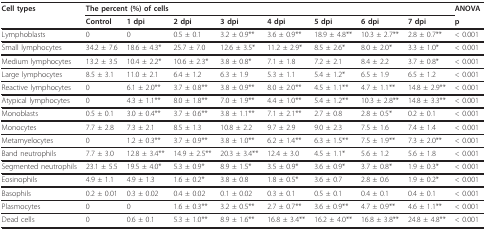
<table><thead><tr><td><b>Cell types</b></td><td colspan="8"><b>The percent (%) of cells</b></td><td><b>ANOVA</b></td></tr><tr><td></td><td><b>Control</b></td><td><b>1 dpi</b></td><td><b>2 dpi</b></td><td><b>3 dpi</b></td><td><b>4 dpi</b></td><td><b>5 dpi</b></td><td><b>6 dpi</b></td><td><b>7 dpi</b></td><td><b>p</b></td></tr></thead><tbody><tr><td>Lymphoblasts</td><td>0</td><td>0</td><td>0.5 ± 0.1</td><td>3.2 ± 0.9**</td><td>3.6 ± 0.9**</td><td>18.9 ± 4.8**</td><td>10.3 ± 2.7**</td><td>2.8 ± 0.7**</td><td>&lt; 0.001</td></tr><tr><td>Small lymphocytes</td><td>34.2 ± 7.6</td><td>18.6 ± 4.3*</td><td>25.7 ± 7.0</td><td>12.6 ± 3.5*</td><td>11.2 ± 2.9*</td><td>8.5 ± 2.6*</td><td>8.0 ± 2.0*</td><td>3.3 ± 1.0*</td><td>&lt; 0.001</td></tr><tr><td>Medium lymphocytes</td><td>13.2 ± 3.5</td><td>10.4 ± 2.2*</td><td>10.6 ± 2.3*</td><td>3.8 ± 0.8*</td><td>7.1 ± 1.8</td><td>7.2 ± 2.1</td><td>8.4 ± 2.2</td><td>3.7 ± 0.8*</td><td>&lt; 0.001</td></tr><tr><td>Large lymphocytes</td><td>8.5 ± 3.1</td><td>11.0 ± 2.1</td><td>6.4 ± 1.2</td><td>6.3 ± 1.9</td><td>5.3 ± 1.1</td><td>5.4 ± 1.2*</td><td>6.5 ± 1.9</td><td>6.5 ± 1.2</td><td>&lt; 0.001</td></tr><tr><td>Reactive lymphocytes</td><td>0</td><td>6.1 ± 2.0**</td><td>3.7 ± 0.8**</td><td>3.8 ± 0.9**</td><td>8.0 ± 2.0**</td><td>4.5 ± 1.1**</td><td>4.7 ± 1.1**</td><td>14.8 ± 2.9**</td><td>&lt; 0.001</td></tr><tr><td>Atypical lymphocytes</td><td>0</td><td>4.3 ± 1.1**</td><td>8.0 ± 1.8**</td><td>7.0 ± 1.9**</td><td>4.4 ± 1.0**</td><td>5.4 ± 1.2**</td><td>10.3 ± 2.8**</td><td>14.8 ± 3.3**</td><td>&lt; 0.001</td></tr><tr><td>Monoblasts</td><td>0.5 ± 0.1</td><td>3.0 ± 0.4**</td><td>3.7 ± 0.6**</td><td>3.8 ± 1.1**</td><td>7.1 ± 2.1**</td><td>2.7 ± 0.8</td><td>2.8 ± 0.5*</td><td>0.2 ± 0.1</td><td>&lt; 0.001</td></tr><tr><td>Monocytes</td><td>7.7 ± 2.8</td><td>7.3 ± 2.1</td><td>8.5 ± 1.3</td><td>10.8 ± 2.2</td><td>9.7 ± 2.9</td><td>9.0 ± 2.3</td><td>7.5 ± 1.6</td><td>7.4 ± 1.4</td><td>&lt; 0.001</td></tr><tr><td>Metamyelocytes</td><td>0</td><td>1.2 ± 0.3**</td><td>3.7 ± 0.9**</td><td>3.8 ± 1.0**</td><td>6.2 ± 1.4**</td><td>6.3 ± 1.5**</td><td>7.5 ± 1.9**</td><td>7.3 ± 2.0**</td><td>&lt; 0.001</td></tr><tr><td>Band neutrophils</td><td>7.7 ± 3.0</td><td>12.8 ± 3.4**</td><td>14.9 ± 2.5**</td><td>20.3 ± 3.4**</td><td>12.4 ± 3.0</td><td>4.5 ± 1.1*</td><td>5.6 ± 1.2</td><td>5.6 ± 1.8</td><td>&lt; 0.001</td></tr><tr><td>Segmented neutrophils</td><td>23.1 ± 5.5</td><td>19.5 ± 4.0*</td><td>5.3 ± 0.9*</td><td>8.9 ± 1.5*</td><td>3.5 ± 0.9*</td><td>3.6 ± 0.9*</td><td>3.7 ± 0.8*</td><td>1.9 ± 0.3*</td><td>&lt; 0.001</td></tr><tr><td>Eosinophils</td><td>4.9 ± 1.1</td><td>4.9 ± 1.3</td><td>1.6 ± 0.2*</td><td>3.8 ± 0.8</td><td>1.8 ± 0.5*</td><td>3.6 ± 0.7</td><td>2.8 ± 0.6</td><td>1.9 ± 0.2*</td><td>&lt; 0.001</td></tr><tr><td>Basophils</td><td>0.2 ± 0.01</td><td>0.3 ± 0.02</td><td>0.4 ± 0.02</td><td>0.1 ± 0.02</td><td>0.3 ± 0.1</td><td>0.5 ± 0.1</td><td>0.4 ± 0.1</td><td>0.4 ± 0.1</td><td>&lt; 0.001</td></tr><tr><td>Plasmocytes</td><td>0</td><td>0</td><td>1.6 ± 0.3**</td><td>3.2 ± 0.5**</td><td>2.7 ± 0.7**</td><td>3.6 ± 0.9**</td><td>4.7 ± 0.9**</td><td>4.6 ± 1.1**</td><td>&lt; 0.001</td></tr><tr><td>Dead cells</td><td>0</td><td>0.6 ± 0.1</td><td>5.3 ± 1.0**</td><td>8.9 ± 1.6**</td><td>16.8 ± 3.4**</td><td>16.2 ± 4.0**</td><td>16.8 ± 3.8**</td><td>24.8 ± 4.8**</td><td>&lt; 0.001</td></tr></tbody></table>